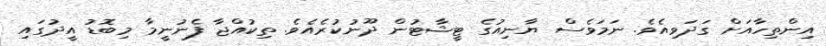
އިންތިހާއަށް ގަދަވިއެވެ. ނަމަވެސް ޔާނިއުގެ ޓީޝާޓުން ދޫނުކުރެއެވެ. ތިކުއްޖާ ފެނުނީމާ މިބޮޑު އީދުގައި